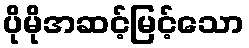
ပိုမိုအဆင့်မြင့်သော